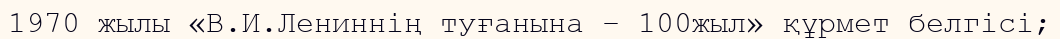
1970 жылы «В.И.Лениннің туғанына – 100жыл» құрмет белгісі;